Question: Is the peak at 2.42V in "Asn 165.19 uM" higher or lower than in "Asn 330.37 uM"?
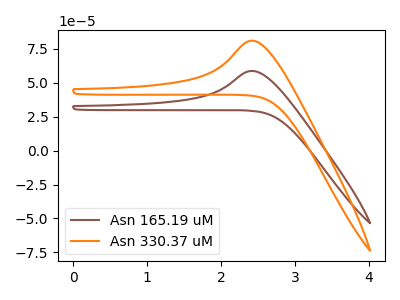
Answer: <think>The brown curve "Asn 165.19 uM" has an anodic peak at: (2.40V, 58.65uA). The orange curve "Asn 330.37 uM" has an anodic peak at: (2.40V, 80.95uA).</think>
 <answer>The peak at 2.42V is lower in "Asn 165.19 uM" than in "Asn 330.37 uM".</answer>
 <eval>lower</eval>